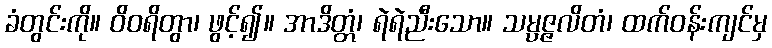
ခံတွင်းကို။ ဝိဝရိတွာ၊ ဖွင့်၍။ အာဒိတ္တံ၊ ရဲရဲညီးသော။ သမ္ပဇ္ဇလိတံ၊ ထက်ဝန်းကျင်မှ